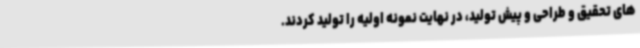
های تحقیق و طراحی و پیش تولید، در نهایت نمونه اولیه را تولید کردند.